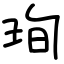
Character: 珣